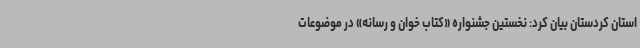
استان کردستان بیان کرد: نخستین جشنواره «کتاب خوان و رسانه» در موضوعات